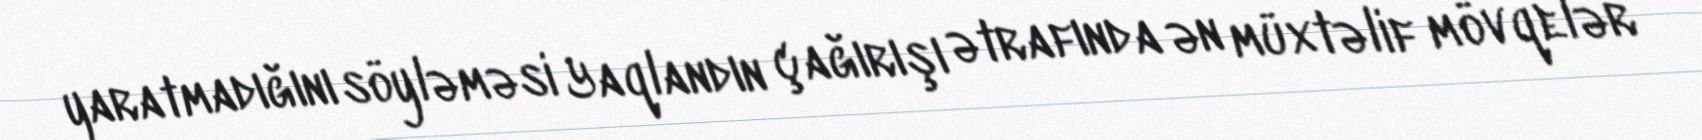
yaratmadığını söyləməsi Yaqlandın çağırışı ətrafında ən müxtəlif mövqelər